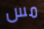
مس